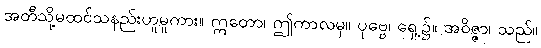
အတီသို့မထင်သနည်းဟူမူကား။ ဣတော၊ ဤကာလမှ။ ပုဗ္ဗေ၊ ရှေ့၌။ အဝိဇ္ဇာ၊ သည်။